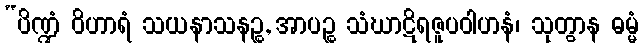
“ပိဏ္ဍံ ဝိဟာရံ သယနာသနဉ္စ, အာပဉ္စ သံဃာဋိရဇူပဝါဟနံ၊ သုတွာန ဓမ္မံ